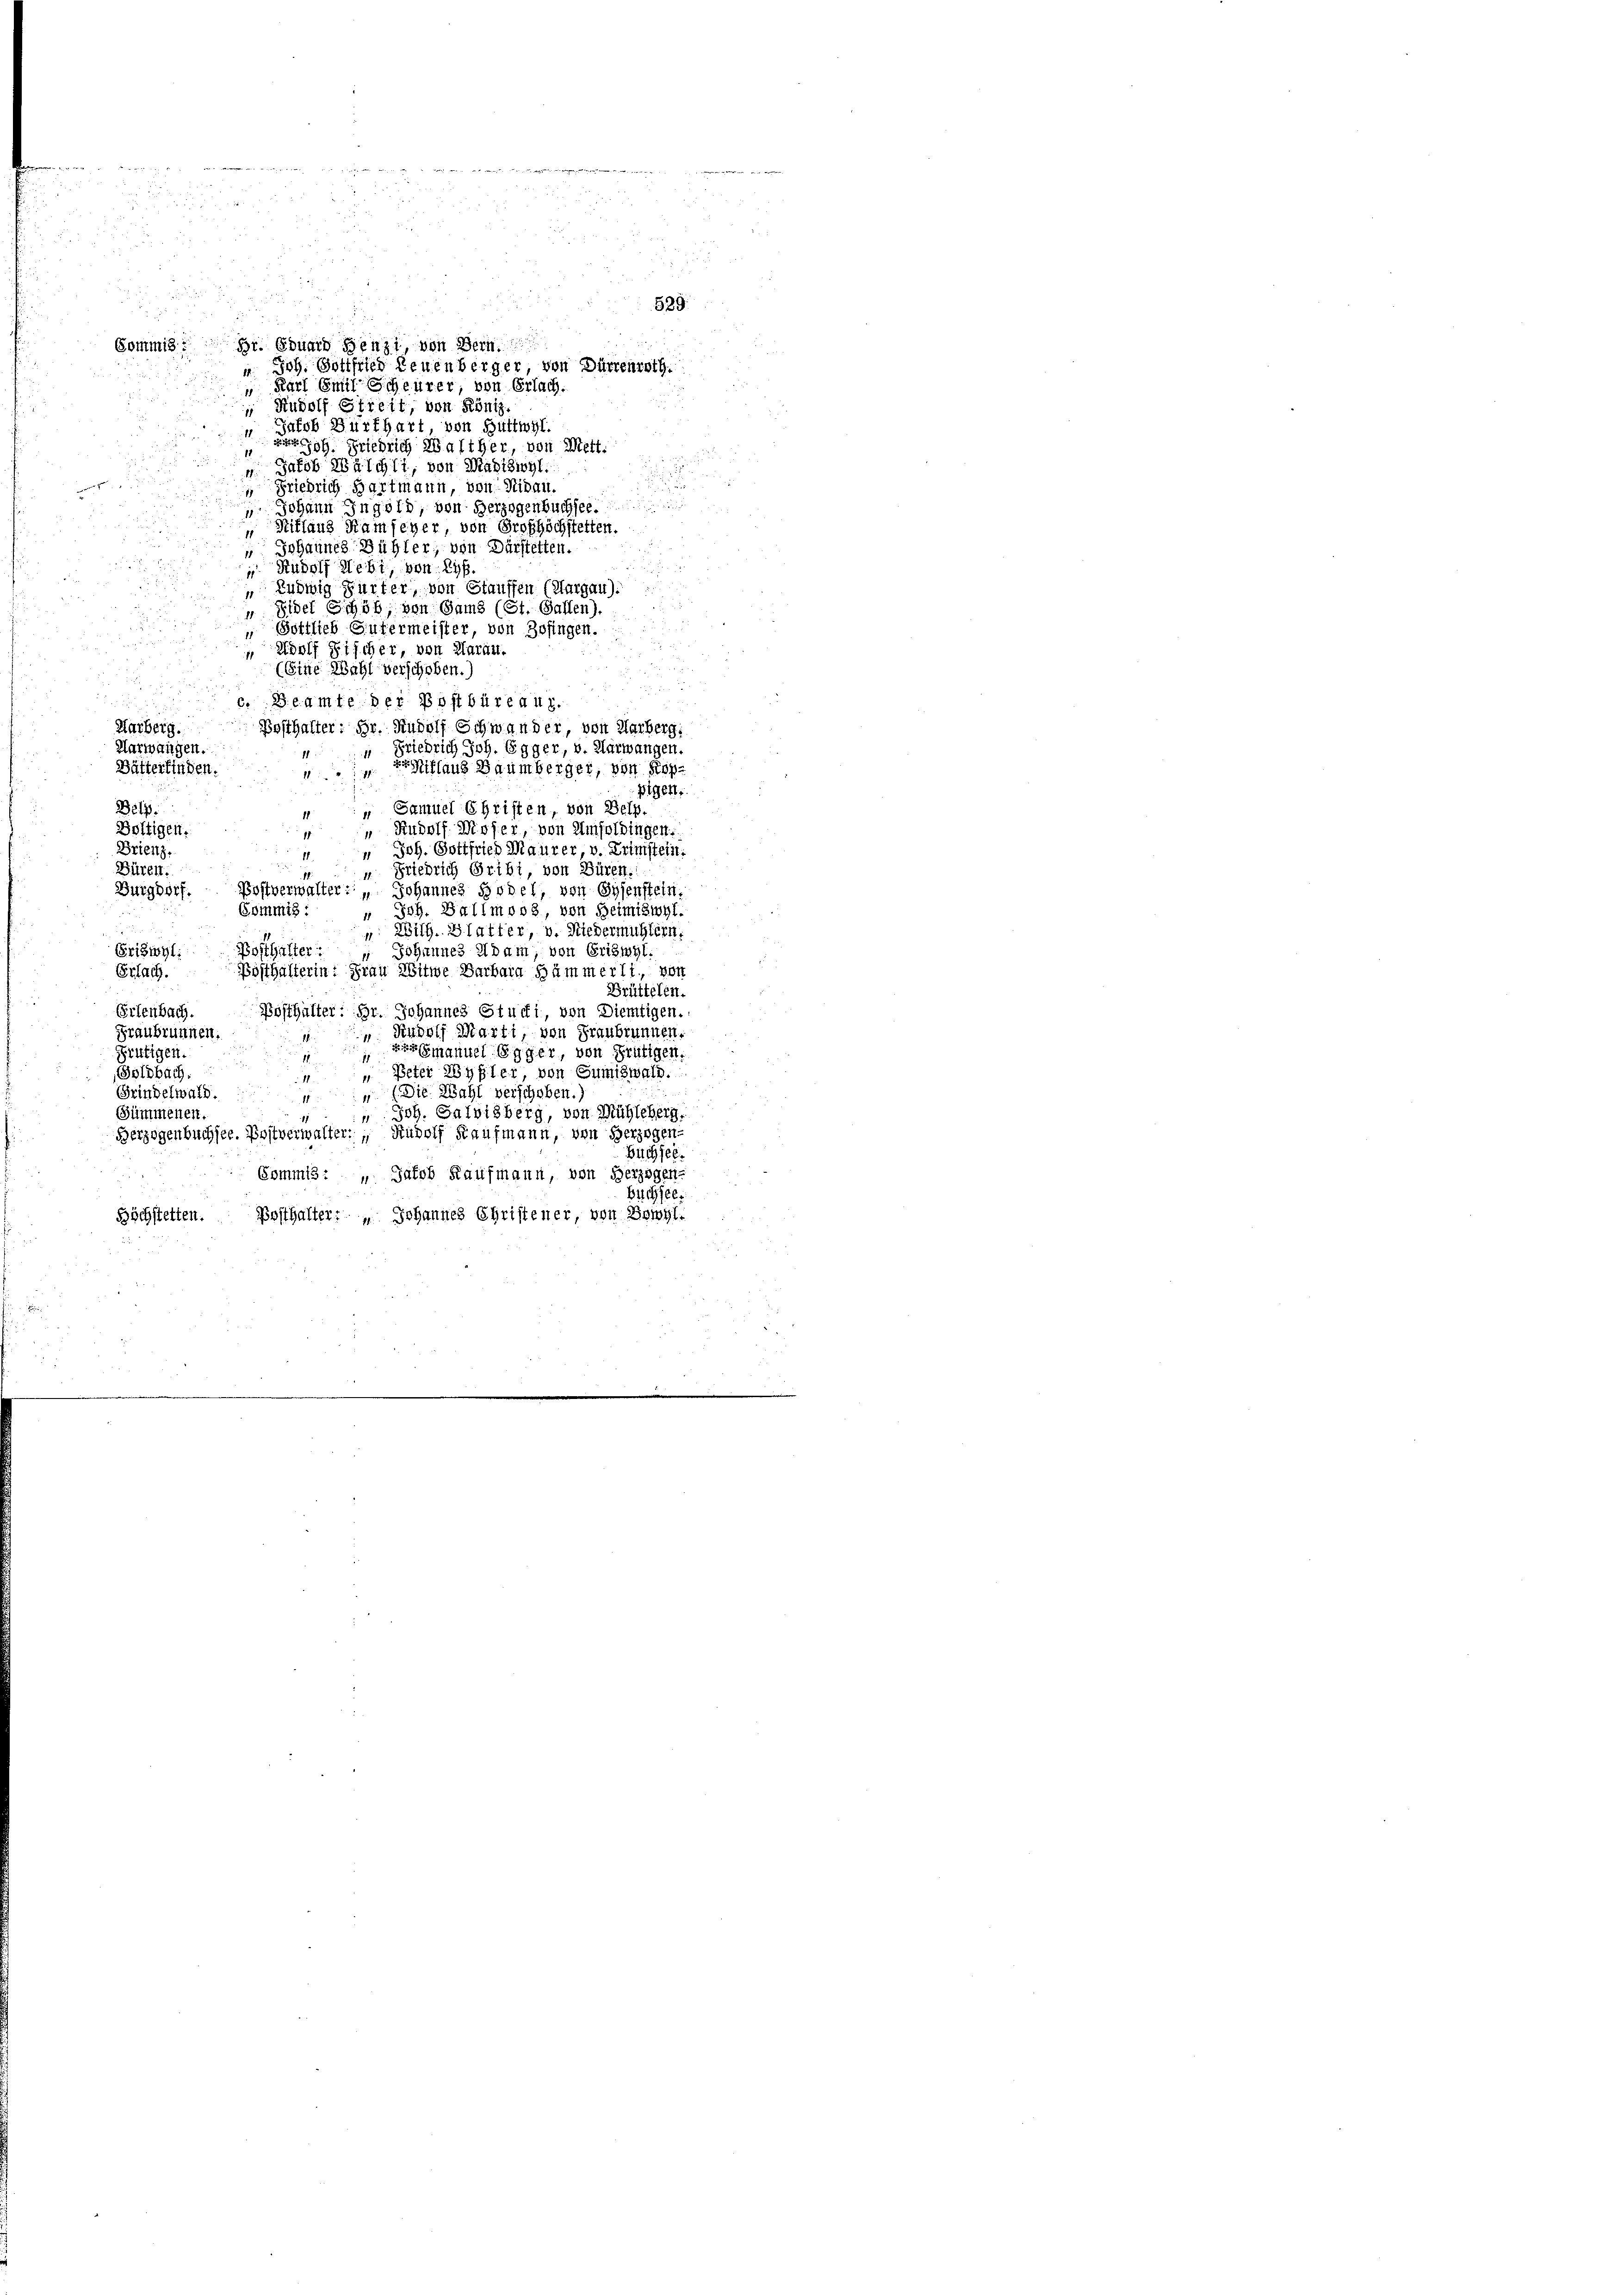
.
Commis. Hr. Eduard Benzi, von Bern
u Joh. Gottfried Leuenberger, von Dürrenrath.
 Karl Emil Scheurer, von Erlach.
 Rudolf Streit, von König.
Jakob Burkhart von Güttwyl.
i
g. Friedrich Walther, von Mett.
 Jakob Wäschli, von Magiswyl
 Friedrich Hartmann, von Nidau.
 Johann Ingold, von Herzogenbuchse
Ritland Kamfeyer, von Grofhöchstetten.
 Johannes Bühler, von Dürstetten.
 Rudolf Webi, von Lyß.
 Ludwig Furter, von Stauffen (Margau).
" Sibet Schöb; von Gams (St. Gallen).
 Gottlieb Sutermeister, von Zofingen.
Adolf Fischer, von Aarau.
(Eine Wahl verschoben.)
u
c. Beamte der Postbüreau.
Karberg. Posthalter: Gr. Rudolf Schwander, von Harberg:
Aarwangen.
Friedrich Joh. Egger, v. Aarwangen.
1
Bätterfinden.
iflaus Baumberger, von Koppigen.
Bely.
" Samuel Christen, von Belg
Boltigen.
“ Rudolf Moser von Umfoldingen.
Drienz,
" Joh. Gottfried Maurer, v. Krimstein.
11
Büren.
“ Friedrich Pribi, von Büren.
Burgdorf.
Postverwalter: „ Johannes Bodel, von Gysenstein.
Commis:
" Joh. Ballmoos, von Beimiswyl

". Wilh. Blatter v. Niedermühlern.
11
Posthalter
Griswyl:
Johannes Adam, von Griswyl
1
Bosthalterin: Frau Witwe Barbara Hümmerli, von
Erlach.
Brüttelen.
Erlenbach. Bosthalter: Hr. Johannes Stucki, von Diemtigen.
“ Rudolf Marti, von Franbrunnen.
Graubrunnen.
Emanuel Egger, von Frutigen.
Frutigen.
2
1
" Peter Wyßler von Sumiswald.
Goldbach.
11
(Die Wahl verschoben.
Grindelwald
Joh. Salvisberg, von Mühleberg.
Sümmenen.
Herzogenbuchsee. Postverwalter, Rudolf Kaufmann, von Herzogen-
Buchsel.
Commis: „Jakob Kaufmann, von Herzogen-
Büchsee.
Höchstetten. Posthalter: „Johannes Christeuer, von Bowyl,

ng
n
 x 5 x
 2
.
5

a

i
4 x 2 x

5

539.